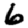
Digit: 6